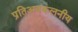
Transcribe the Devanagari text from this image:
प्रतिअवकलनीय